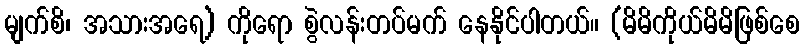
မျက်စိ၊ အသားအရေ) ကိုရော စွဲလန်းတပ်မက် နေနိုင်ပါတယ်။ (မိမိကိုယ်မိမိဖြစ်စေ